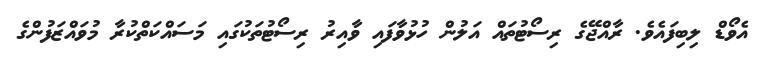
އެވޯޑް ލިބިފައެވެ. ރާއްޖޭގެ ރިސޯޓުތައް އަލުން ހުޅުވާފައި ވާއިރު ރިސޯޓުތަކުގައި މަސައްކަތްކުރާ މުވައްޒަފުންގެ